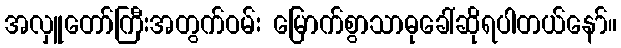
အလှူတော်ကြီးအတွက်ဝမ်း မြောက်စွာသာဓုခေါ်ဆိုရပါတယ်နော်။